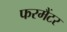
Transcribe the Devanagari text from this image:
फरमैंटर